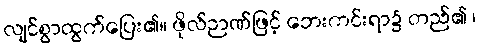
လျင်စွာထွက်ပြေး၏။ ဖိုလ်ဉာဏ်ဖြင့် ဘေးကင်းရာ၌ တည်၏ ၊